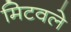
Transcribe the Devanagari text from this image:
मिटवले